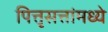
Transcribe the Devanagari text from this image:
पित्तृसत्तांमध्ये